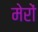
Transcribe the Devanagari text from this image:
मेरों